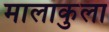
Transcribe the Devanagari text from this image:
मालाकुला